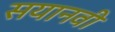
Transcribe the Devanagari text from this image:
सयानवी